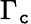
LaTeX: \Gamma_{\mathtt{c}}